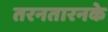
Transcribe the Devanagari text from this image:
तरनतारनके